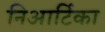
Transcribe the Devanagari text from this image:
निआर्टिका